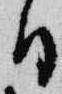
日